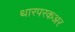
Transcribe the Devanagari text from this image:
थारपरकअर